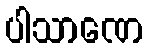
ပါသာဏေ